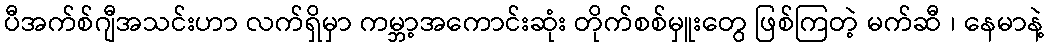
ပီအက်စ်ဂျီအသင်းဟာ လက်ရှိမှာ ကမ္ဘာ့အကောင်းဆုံး တိုက်စစ်မှူးတွေ ဖြစ်ကြတဲ့ မက်ဆီ ၊ နေမာနဲ့